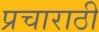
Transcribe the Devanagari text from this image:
प्रचाराठी